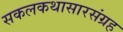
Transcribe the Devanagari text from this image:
सकलकथासारसंग्रह